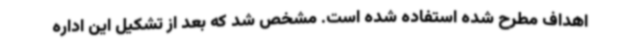
اهداف مطرح شده استفاده شده است. مشخص شد که بعد از تشکیل این اداره